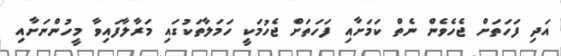
އަދި ފަހަތަށް ޖެހެވެން ނެތް ކަމަށާއި ފަހަތަށް ޖެހުމަކީ ހަމަލާތަކުގައި މަރާލާފައިވާ މީހުންނަށާއި